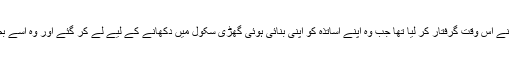
احمد کو پولیس نے اس وقت گرفتار کر لیا تھا جب وہ اپنے اساتذہ کو اپنی بنائی ہوئی گھڑی سکول میں دکھانے کے لیے لے کر گئے اور وہ اسے بم سمجھ بیٹھے۔